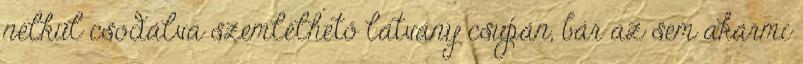
nélkül csodálva szemlélhető látvány csupán, bár az sem akármi